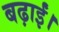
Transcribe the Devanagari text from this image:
बढ़ाईं।